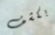
بكشف